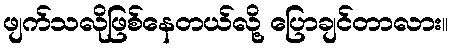
ဖျက်သလိုဖြစ်နေတယ်လို့ ပြောချင်တာလား။